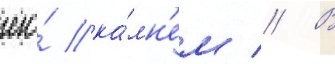
его́ ка́мн'ем // В